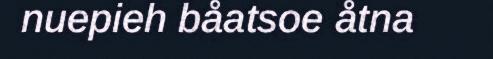
nuepieh båatsoe åtna